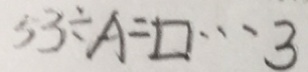
3 3 \div A = \square \cdots 3